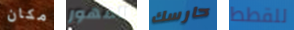
مكان المهور حارسك للقطط